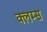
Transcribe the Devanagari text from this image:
क्लम्स